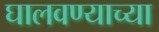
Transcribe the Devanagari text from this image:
घालवण्याच्या